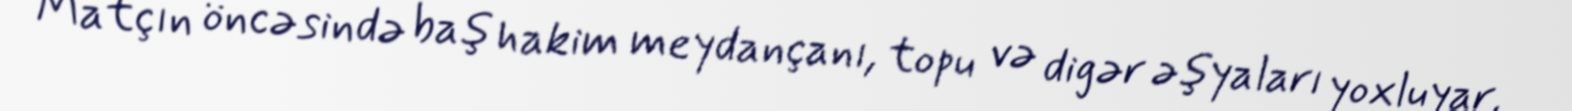
Matçın öncəsində baş hakim meydançanı, topu və digər əşyaları yoxluyar,